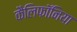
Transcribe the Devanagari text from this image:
कैलिफॉनिया